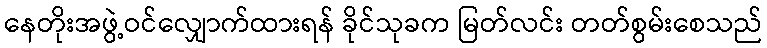
နေတိုးအဖွဲ့ဝင်လျှောက်ထားရန် ခိုင်သုခက မြတ်လင်း တတ်စွမ်းစေသည်